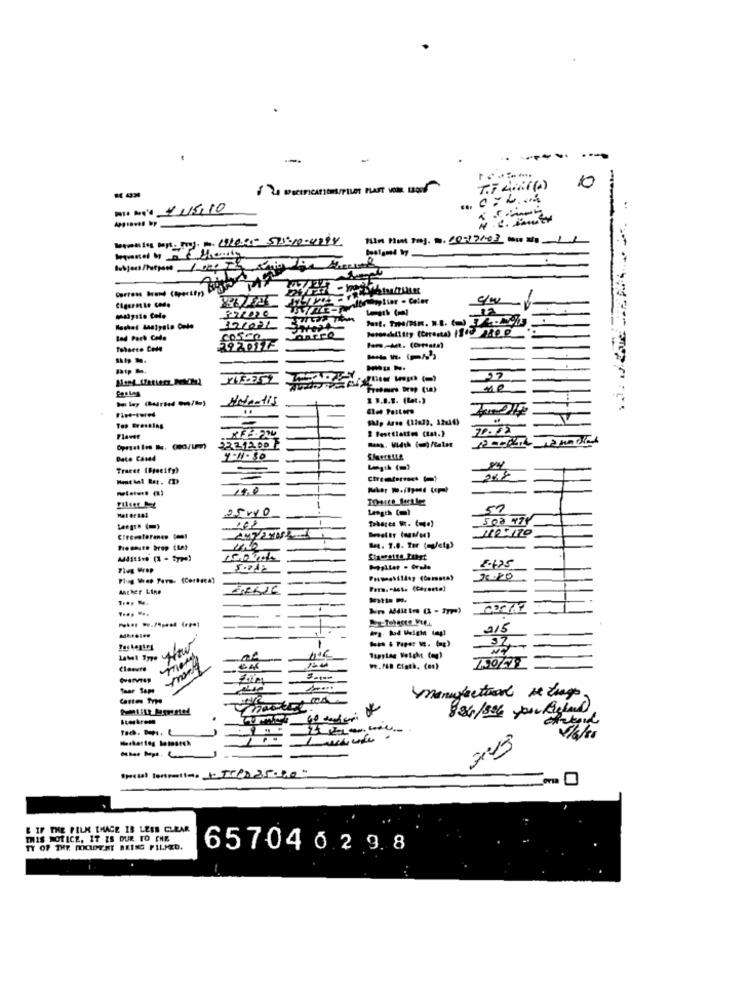
-.
10
. L ..
Paté Deq'à 11/5/10
Lamain maps. r. m. 192001- 55-10-4994
Bvbjecs /Purpose 1 00 Th
-22
tad Porb Code
COSCO
10
13.0.1. (lat.)
Glet Poiters
-
Top Dressing
2 Festtlattes (tat.)
Flavet
Date Camed
Tracee (Specify)
19,0
25010
Length (ml
50
110-170
Det. 1.0. Tor (atp)
AdditSve (1 - type)
15074
Macher Line
ERNIE
215
LAMI Ino WAtu
Closure
we.Pln Ciath, (en)
Canten Type
245
Special toropostim + Tren25-20"
& IF THE FILM EHACE IS LESS CLEAR
THIS NOTICE, IT IS DUR TO CHE
TY OF THE MOOLDEST BRING FILMED.
65704 0 2 9.8